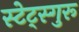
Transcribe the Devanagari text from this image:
स्टेट्स्गुरू